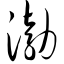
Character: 渤